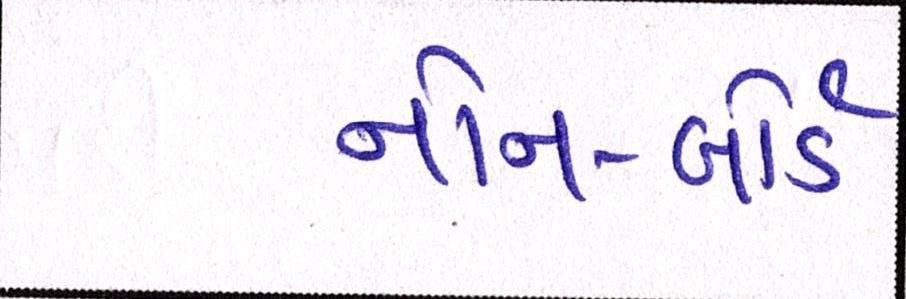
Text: નોન-બોર્ડ